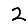
Digit: 2